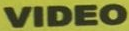
VIDEO